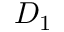
D _ { 1 }